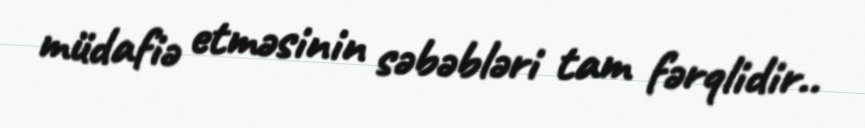
müdafiə etməsinin səbəbləri tam fərqlidir..